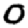
Digit: 0